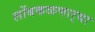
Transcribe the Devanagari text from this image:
लोंबकळणार्‍या